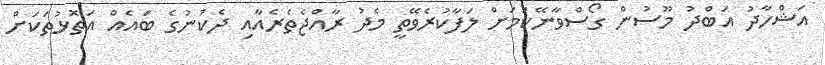
އަޝްހާދު އަބްދު މޫސުން ގޯސްވާނޭކަމަށް ލަފާކުރެވޭތީ މެދު ރާއްޖެތެރެއާއި ދެކުނުގެ ބައެއް އަތޮޅުތަކަށް